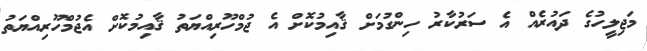
މަޖިލީހުގެ ދައުރެއް އެ ސަރުކާރު ހިންގުމަށް ޤާއިމުކޮށް އެ ޖުމްހޫރިއްޔަތު ޤާއިމުކޮށް އެޖުމްހޫރިއްޔަތު